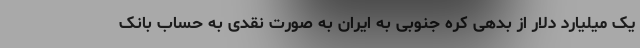
یک میلیارد دلار از بدهی کره جنوبی به ایران به صورت نقدی به حساب بانک